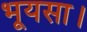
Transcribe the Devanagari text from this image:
भूयसा।